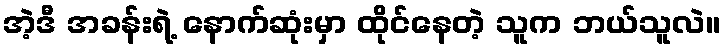
အဲ့ဒီ အခန်းရဲ့ နောက်ဆုံးမှာ ထိုင်နေတဲ့ သူက ဘယ်သူလဲ။